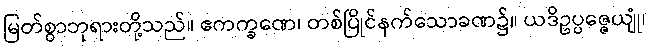
မြတ်စွာဘုရားတို့သည်။ ဧကက္ခဏေ၊ တစ်ပြိုင်နက်သောခဏ၌။ ယဒိဥပ္ပဇ္ဇေယျုံ၊